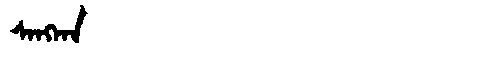
Manchu: ᠰᠠᠩᡴᠠ
Romanization: SANGKA